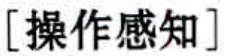
[操作感知]